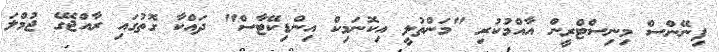
ފިނޭންސް މިނިސްޓްރީން އާއްމުކުރި "މަންތުލީ އިކޮނަމިކް އިންޑިކޭޓާސް" ދައްކާ ގޮތުގައި ރާއްޖޭގެ ޖުމްލަ